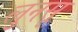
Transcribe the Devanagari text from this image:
लुनसू